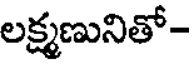
లక్ష్మణునితో-